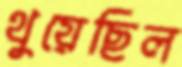
থুয়েছিল